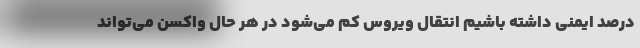
درصد ایمنی داشته باشیم انتقال ویروس کم می‌شود در هر حال واکسن می‌تواند